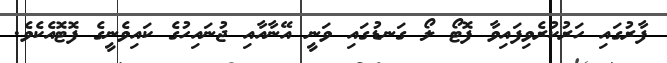
ފާރުގައި ހަރުކުރެވިފައިވާ ފޮޓޯ ލޯ ގަނޑުގައި ވަނީ އޭނާއާއި ޖުނައިހުގެ ކައިވެނީގެ ފޮޓޮއެކެވެ.